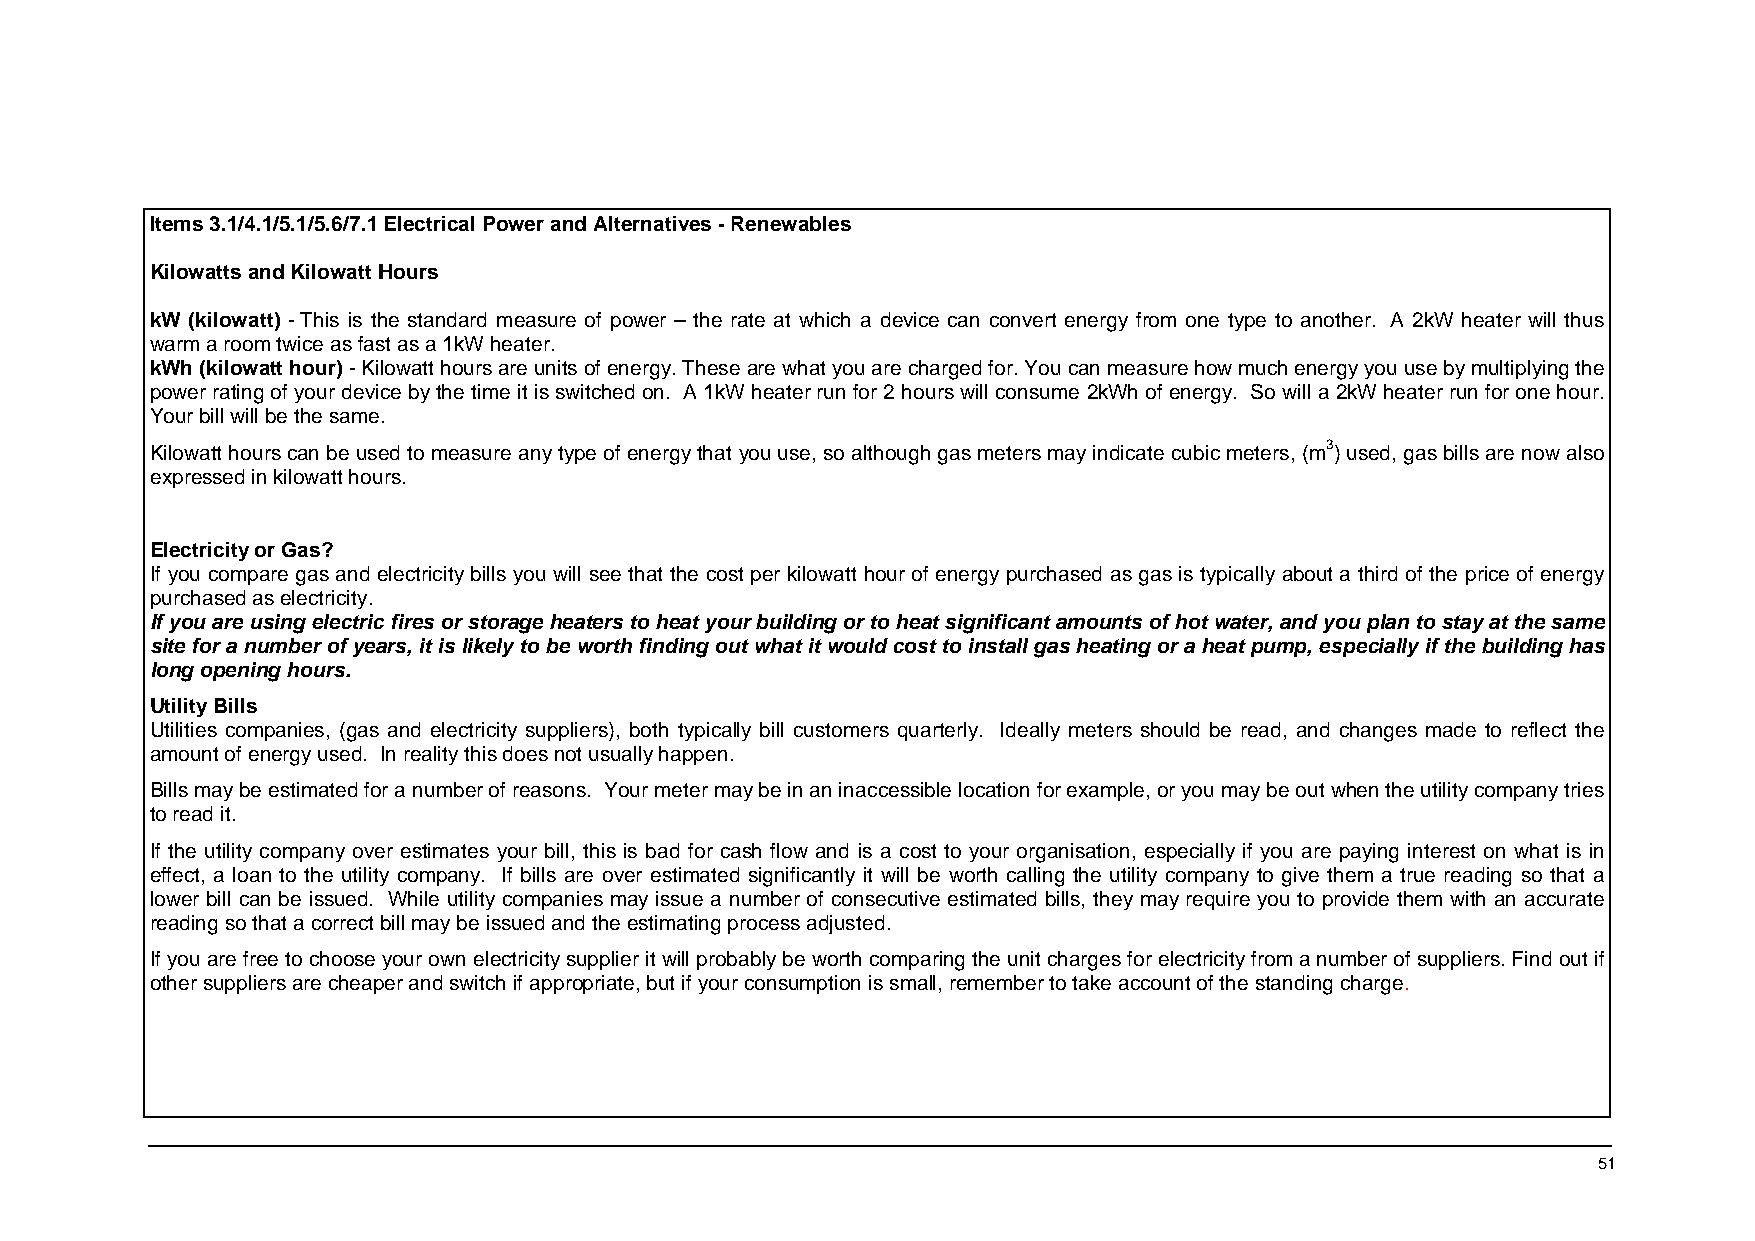
Items 3.1/4.1/5.1/5.6/7.1 Electrical Power and Alternatives - Renewables
 Kilowatts and Kilowatt Hours
 kW (kilowatt) - This is the standard measure of power – the rate at which a device can convert energy from one type to another. A 2kW heater will thus
 warm a room twice as fast as a 1kW heater.
 kWh (kilowatt hour) - Kilowatt hours are units of energy. These are what you are charged for. You can measure how much energy you use by multiplying the
 power rating of your device by the time it is switched on. A 1kW heater run for 2 hours will consume 2kWh of energy. So will a 2kW heater run for one hour.
 Your bill will be the same.
 Kilowatt hours can be used to measure any type of energy that you use, so although gas meters may indicate cubic meters, (m3) used, gas bills are now also
 expressed in kilowatt hours.
 Electricity or Gas?
 If you compare gas and electricity bills you will see that the cost per kilowatt hour of energy purchased as gas is typically about a third of the price of energy
 purchased as electricity.
 If you are using electric fires or storage heaters to heat your building or to heat significant amounts of hot water, and you plan to stay at the same
 site for a number of years, it is likely to be worth finding out what it would cost to install gas heating or a heat pump, especially if the building has
 long opening hours.
 Utility Bills
 Utilities companies, (gas and electricity suppliers), both typically bill customers quarterly. Ideally meters should be read, and changes made to reflect the
 amount of energy used. In reality this does not usually happen.
 Bills may be estimated for a number of reasons. Your meter may be in an inaccessible location for example, or you may be out when the utility company tries
 to read it.
 If the utility company over estimates your bill, this is bad for cash flow and is a cost to your organisation, especially if you are paying interest on what is in
 effect, a loan to the utility company. If bills are over estimated significantly it will be worth calling the utility company to give them a true reading so that a
 lower bill can be issued. While utility companies may issue a number of consecutive estimated bills, they may require you to provide them with an accurate
 reading so that a correct bill may be issued and the estimating process adjusted.
 If you are free to choose your own electricity supplier it will probably be worth comparing the unit charges for electricity from a number of suppliers. Find out if
 other suppliers are cheaper and switch if appropriate, but if your consumption is small, remember to take account of the standing charge.
 51